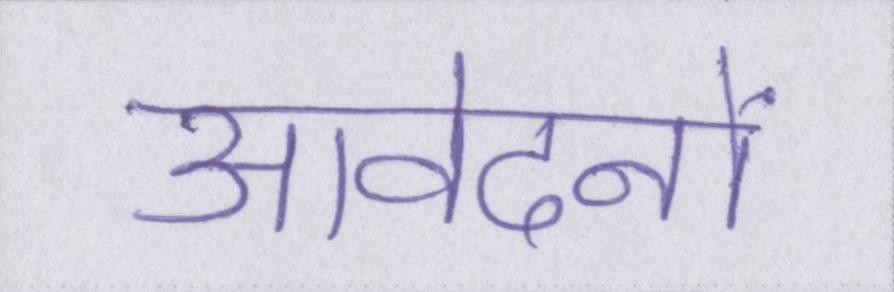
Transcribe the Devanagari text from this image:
आवेदनों